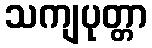
သကျပုတ္တာ